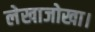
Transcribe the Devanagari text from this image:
लेखाजोखा।